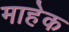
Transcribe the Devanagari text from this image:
माहेक